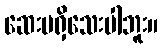
ဆေးမရှိသေးပါဘူး။